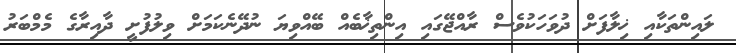
ލައިންތަކާއި ޚިލާފަށް ދުވަހަކުވެސް ރާއްޖޭގައި އިންތިޚާބެއް ބޭއްވިޔަ ނުދޭނެކަމަށް ވިލުފުށީ ދާއިރާގެ މެމްބަރު